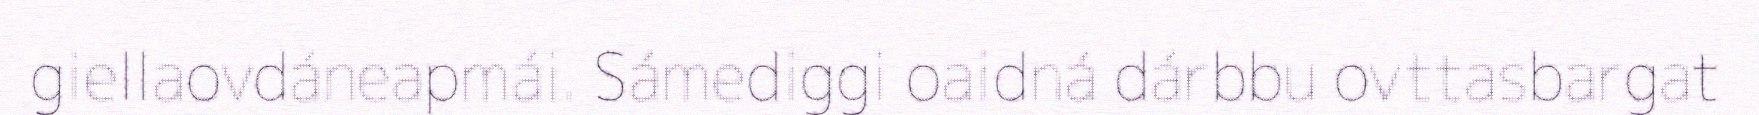
giellaovdáneapmái. Sámediggi oaidná dárbbu ovttasbargat